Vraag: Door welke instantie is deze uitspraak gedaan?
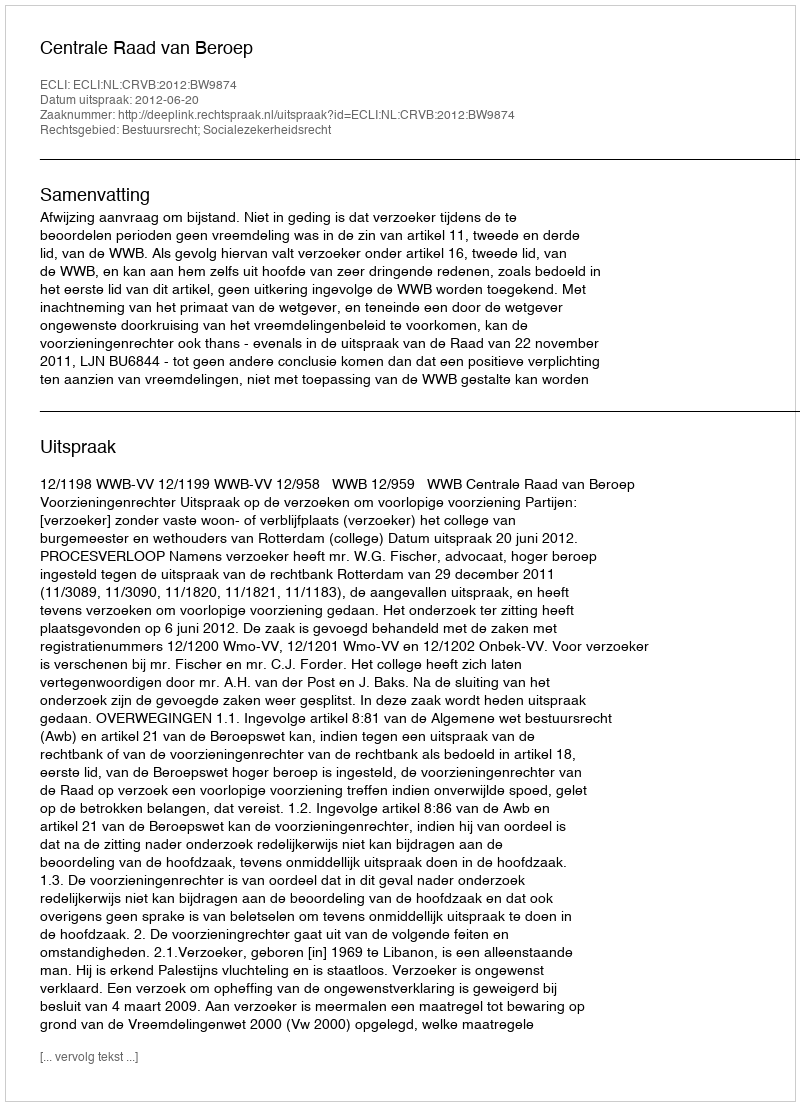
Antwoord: Centrale Raad van Beroep